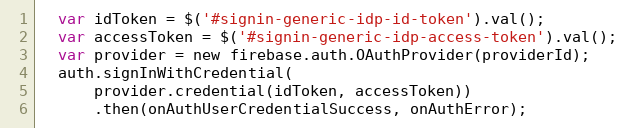
Language: JavaScript
  var idToken = $('#signin-generic-idp-id-token').val();
  var accessToken = $('#signin-generic-idp-access-token').val();
  var provider = new firebase.auth.OAuthProvider(providerId);
  auth.signInWithCredential(
      provider.credential(idToken, accessToken))
      .then(onAuthUserCredentialSuccess, onAuthError);